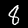
Label: 8